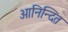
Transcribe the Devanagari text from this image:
आनिन्दित